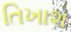
તિખાશ